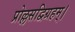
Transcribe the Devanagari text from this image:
प्रोल्लसद्विग्रहम्।